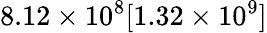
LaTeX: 8.12\times 10^{8}[1.32\times 10^{9}]